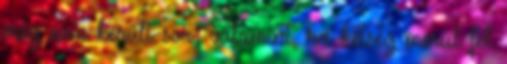
még nem került sor; valamint, ha kétség merül fel